Vaccine operations Central Provinces & Berar 1912-1920 - 1912-1920
Year: 1912
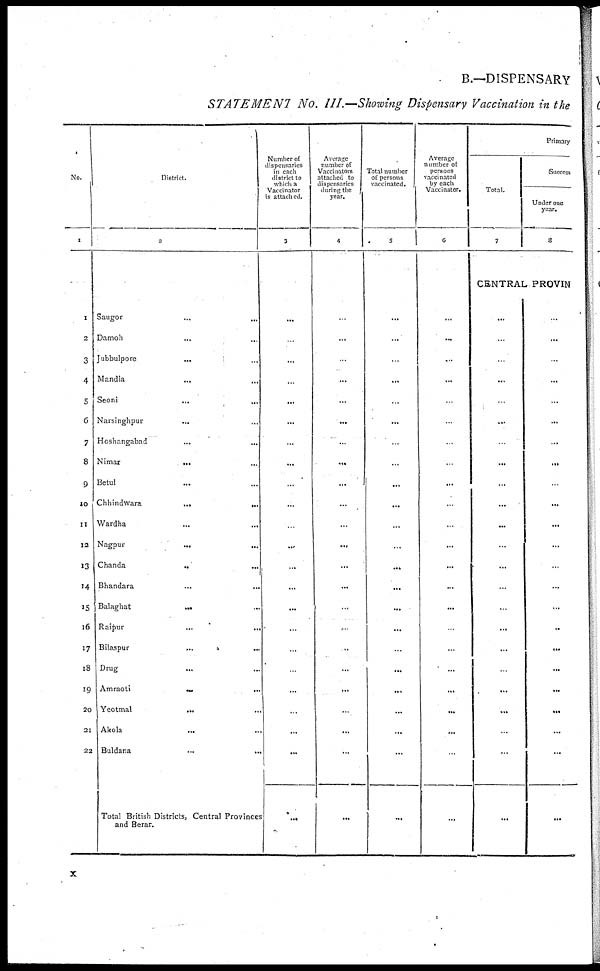
B.—DISPENSARY
STATEMENT No. III.—Showing Dispensary Vaccination in the
No.
1
1
2
3
4
5
6
7
8
9
10
11
12
13
14
15
16
17
18
19
20
21
22
District.
2
Saugor...
...
Damoh...
...
Jubbulpore... ...
Mandla... ...
Seoni...
...
Narsinghpur...
...
Hoshangabad... ...
Nimar...
...
Betul... ...
Chhindwara...
...
Wardha...
...
Nagpur...
...
Chanda...
...
Bhandara... ...
Balaghat...
...
Raipur...
...
Bilaspur... ...
Drug... ...
Amraoti...
...
Yeotmal... ...
Akola...
...
Buldana
...
...
Total British Districts, Central Province
and Berar.
Number of
dispensaries
in cach
district to
which a
Vaccinator
is attached.
3
...
...
...
...
...
...
...
...
...
...
...
...
...
...
...
...
...
...
...
...
...
...
...
Average
number of
Vaccinators
attached to
dispensaries
during the
year.
4
...
...
...
...
...
...
...
...
...
...
...
...
...
...
...
...
...
...
...
...
...
...
...
Total number
of persons
vaccinated.
5
...
...
...
...
...
...
...
...
...
...
...
...
...
...
...
...
...
...
...
...
...
...
...
Average
number of
persons
vaccinated
by each
Vaccinator.
6
...
...
...
...
...
...
...
...
...
...
...
...
...
...
...
...
...
...
...
...
...
...
...
Primary
Total.
7
Success
Under one
year.
8
CENTRAL PROVIN
...
...
...
...
...
...
...
...
...
...
...
...
...
...
...
...
...
...
...
...
...
...
...
...
...
...
...
...
...
...
...
...
...
...
...
...
...
...
...
...
...
...
...
...
...
...
x